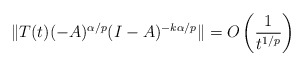
\begin{align*}\|T(t) (-A)^{\alpha/p}(I-A)^{-k\alpha/p}\| = O\left(\frac{1}{t^{1/p}}\right)\end{align*}